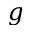
g